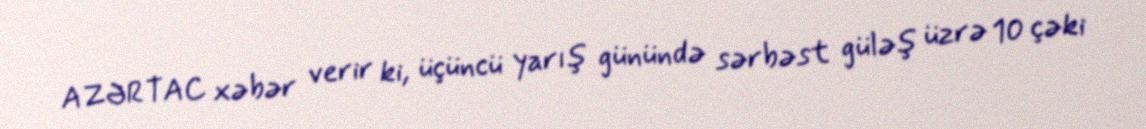
AZƏRTAC xəbər verir ki, üçüncü yarış günündə sərbəst güləş üzrə 10 çəki